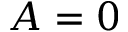
A = 0